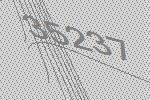
35237